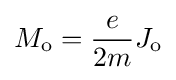
M_{\text{o}}={\frac {e}{2m}}J_{\text{o}}